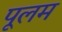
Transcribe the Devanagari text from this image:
पूलम